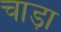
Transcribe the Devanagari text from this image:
चाड़ा